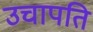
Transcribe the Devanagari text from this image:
उचापति